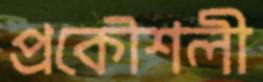
প্রকৌশলী